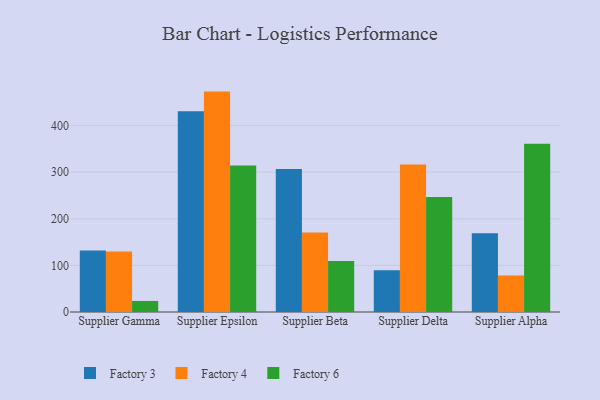
{"axis": {"x": "Supplier", "y": "LTV (USD)"}, "legend": ["Factory 3", "Factory 4", "Factory 6"], "data": [{"x": "Supplier Gamma", "y": 131.8, "type": "Factory 3"}, {"x": "Supplier Gamma", "y": 129.9, "type": "Factory 4"}, {"x": "Supplier Gamma", "y": 23.7, "type": "Factory 6"}, {"x": "Supplier Epsilon", "y": 430.6, "type": "Factory 3"}, {"x": "Supplier Epsilon", "y": 472.9, "type": "Factory 4"}, {"x": "Supplier Epsilon", "y": 314.5, "type": "Factory 6"}, {"x": "Supplier Beta", "y": 307.0, "type": "Factory 3"}, {"x": "Supplier Beta", "y": 170.4, "type": "Factory 4"}, {"x": "Supplier Beta", "y": 109.5, "type": "Factory 6"}, {"x": "Supplier Delta", "y": 89.7, "type": "Factory 3"}, {"x": "Supplier Delta", "y": 316.3, "type": "Factory 4"}, {"x": "Supplier Delta", "y": 246.5, "type": "Factory 6"}, {"x": "Supplier Alpha", "y": 168.9, "type": "Factory 3"}, {"x": "Supplier Alpha", "y": 78.3, "type": "Factory 4"}, {"x": "Supplier Alpha", "y": 360.8, "type": "Factory 6"}]}